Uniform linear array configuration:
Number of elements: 16
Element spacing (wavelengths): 0.25
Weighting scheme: kaiser
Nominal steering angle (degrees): -45
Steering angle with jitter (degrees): -44.978
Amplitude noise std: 0.05
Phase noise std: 0.05

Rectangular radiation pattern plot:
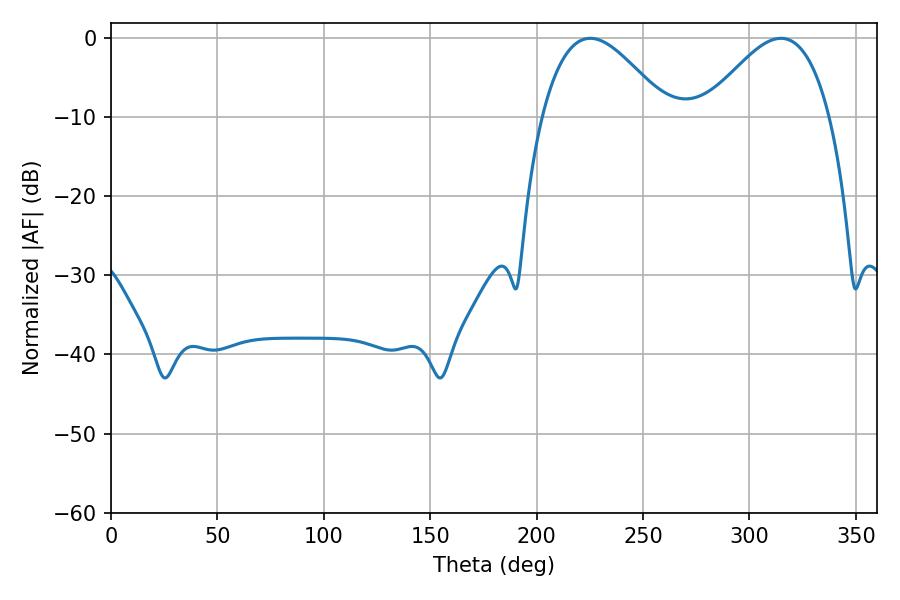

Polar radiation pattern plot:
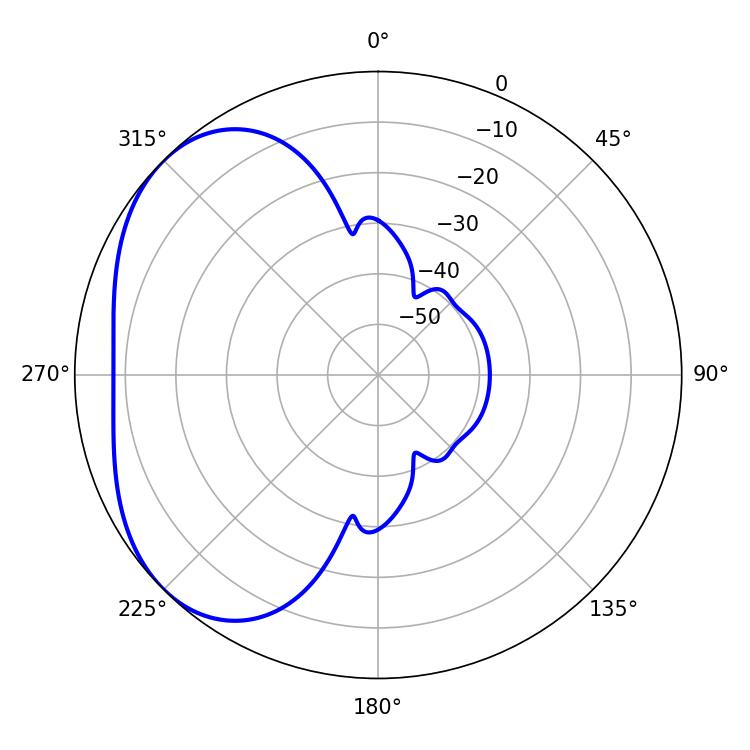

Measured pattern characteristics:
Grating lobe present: FALSE
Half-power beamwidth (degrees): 31.86
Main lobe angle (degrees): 225.18